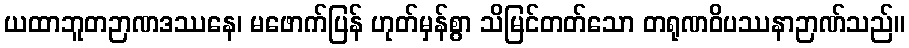
ယထာဘူတဉာဏဒဿနေ၊ မဖောက်ပြန် ဟုတ်မှန်စွာ သိမြင်တတ်သော တရုဏဝိပဿနာဉာဏ်သည်။